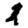
Digit: 2